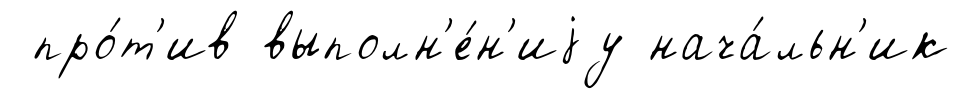
про́т'ив выполн'е́н'иjу нача́льн'ик